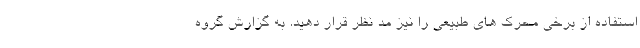
استفاده از برخی محرک های طبیعی را نیز مد نظر قرار دهید. به گزارش گروه